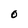
Character: O